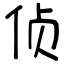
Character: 侦